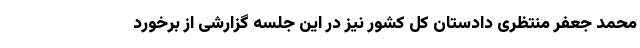
محمد جعفر منتظری دادستان کل کشور نیز در این جلسه گزارشی از برخورد